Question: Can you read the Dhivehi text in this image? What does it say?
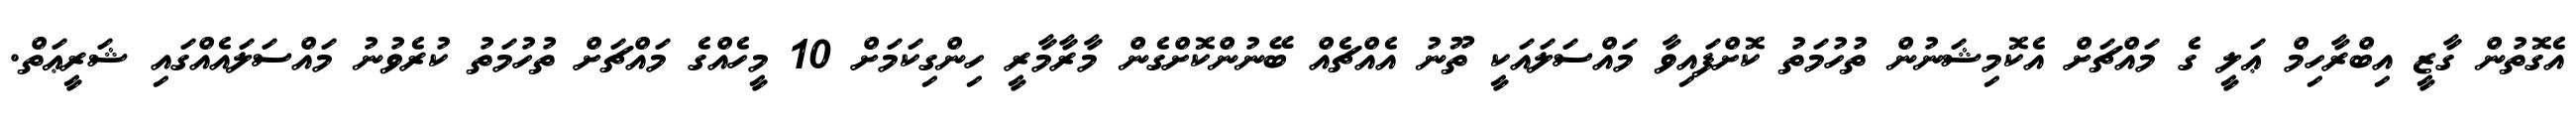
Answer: އެގޮތުން ގާޒީ އިބްރާހިމް ޢަލީ ގެ މައްޗަށް އެކޮމިޝަނުން ތުހުމަތު ކޮށްފައިވާ މައްސަލައަކީ ތޫނު އެއްޗެއް ބޭނުންކޮށްގެން މާރާމާރީ ހިންގިކަމަށް 10 މީހެއްގެ މައްޗަށް ތުހުމަތު ކުރެވުނު މައްސަލައެއްގައި ޝަރީޢަތް.